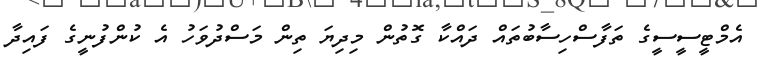
އެމްޓީސީސީގެ ތަފާސްހިސާބުތައް ދައްކާ ގޮތުން މިދިޔަ ތިން މަސްދުވަހު އެ ކުންފުނީގެ ފައިދާ